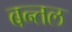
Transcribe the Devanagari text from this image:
बन्तल